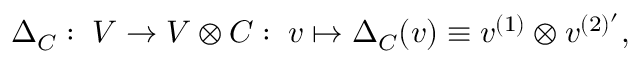
\Delta _ { C } : \; V \rightarrow V \otimes C : \; v \mapsto \Delta _ { C } ( v ) \equiv v ^ { ( 1 ) } \otimes v ^ { ( 2 ) ^ { \prime } } ,